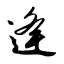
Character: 逄